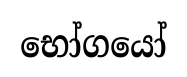
භෝගයෝ